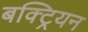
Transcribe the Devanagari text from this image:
बक्ट्रियन